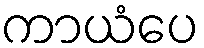
ကာယံပေ